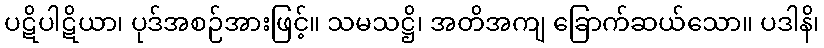
ပဋိပါဋိယာ၊ ပုဒ်အစဉ်အားဖြင့်။ သမသဋ္ဌိ၊ အတိအကျ ခြောက်ဆယ်သော။ ပဒါနိ၊